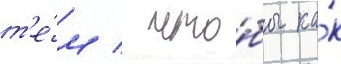
т'е́м / что́бы ка́к